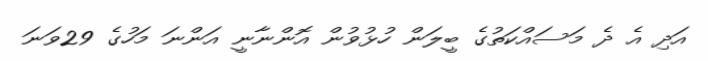
އަދި އެ ދެ މަސައްކަތުގެ ބީލަން ހުޅުވުން އޮންނާނީ އަންނަ މަހުގެ 29ވަނަ